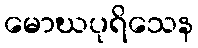
မောဃပုရိသေန